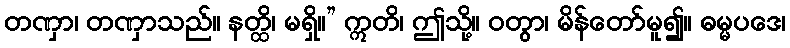
တဏှာ၊ တဏှာသည်။ နတ္ထိ၊ မရှိ။” ဣတိ၊ ဤသို့။ ဝတွာ၊ မိန်တော်မူ၍။ ဓမ္မပဒေ၊